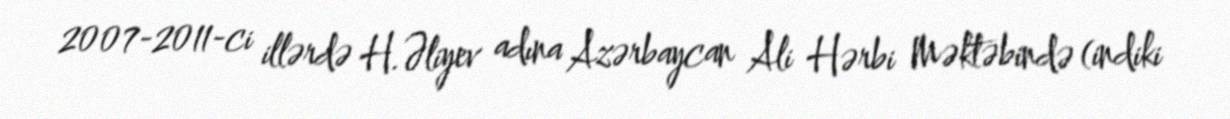
2007-2011-ci illərdə H.Əliyev adına Azərbaycan Ali Hərbi Məktəbində (indiki